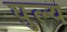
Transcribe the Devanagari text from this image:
घुल्य